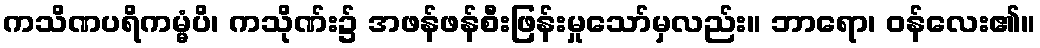
ကသိဏပရိကမ္မံပိ၊ ကသိုဏ်း၌ အဖန်ဖန်စီးဖြန်းမှုသော်မှလည်း။ ဘာရော၊ ဝန်လေး၏။